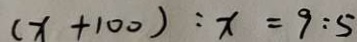
( x + 1 0 0 ) : x = 9 : 5